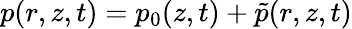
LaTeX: p(r,z,t)=p_{0}(z,t)+\tilde{p}(r,z,t)